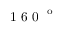
\textup { 1 6 0 } ^ { \textup { o } }